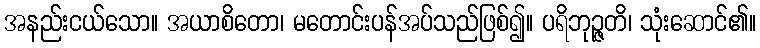
အနည်းငယ်သော။ အယာစိတော၊ မတောင်းပန်အပ်သည်ဖြစ်၍။ ပရိဘုဉ္ဇတိ၊ သုံးဆောင်၏။